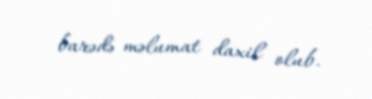
barədə məlumat daxil olub.